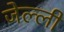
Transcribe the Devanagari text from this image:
जेल्ली